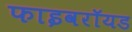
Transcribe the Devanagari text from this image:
फाइवरॉयड